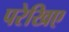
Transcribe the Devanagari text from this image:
परेखिए